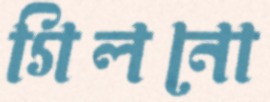
গিলনো